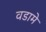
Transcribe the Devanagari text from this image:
वडामे